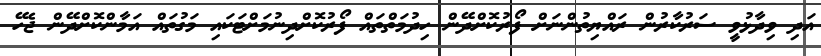
އަދި ވިދާޅުވީ ސަރުކާރުން ރައްޔިތުންނަށް ފޯރުކޮށްދޭން ހިދުމަތްތައް ފޯރުކޮށްދިނުމަށްޓަކައި މަގުތައް އަމާންކޮށްދޭން ޖެހޭ